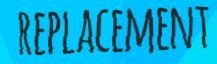
REPLACEMENT